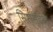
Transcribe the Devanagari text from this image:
सिस्स्टम